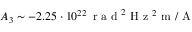
A _ { 3 } \sim - 2 . 2 5 \cdot 1 0 ^ { 2 2 } \, \mathrm { ~ r ~ a ~ d ~ } ^ { 2 } \mathrm { ~ H ~ z ~ } ^ { 2 } \mathrm { ~ m ~ } / \mathrm { ~ A ~ }